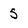
Character: 5